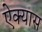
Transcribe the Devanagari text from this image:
ऐक्यास